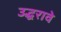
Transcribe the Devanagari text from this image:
उद्धरावे